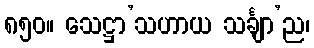
၈၅၀။ သေဋ္ဌာ’သဟာယ သင်္ချာ’ည၊